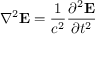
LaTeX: \nabla ^ { 2 } \mathbf { E } = { \frac { 1 } { c ^ { 2 } } } { \frac { \partial ^ { 2 } \mathbf { E } } { \partial t ^ { 2 } } }